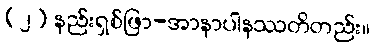
(၂) နည်းရှစ်ဖြာ-အာနာပါနဿတိတည်း။